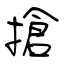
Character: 搶